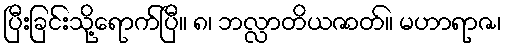
ပြီးခြင်းသို့ရောက်ပြီ။ ၈၊ ဘလ္လာတိယဇာတ်။ မဟာရာဇ၊